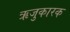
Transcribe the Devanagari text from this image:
ऋजुकारक